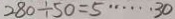
2 8 0 \div 5 0 = 5 \cdots 3 0